Plague in India, 1896, 1897 - Volume 2
Year: 1896
Disease focus: Plague
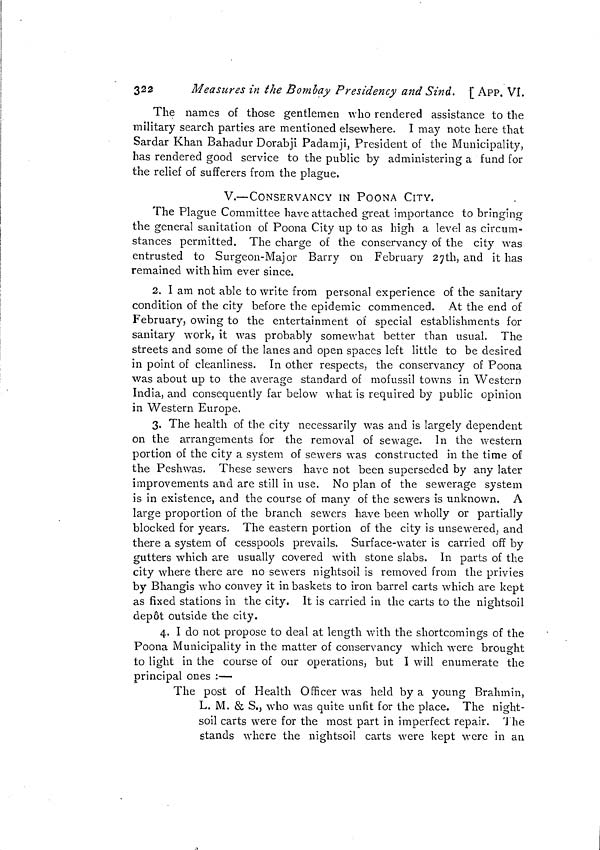
322
Measures in the Bombay Presidency and Sind, [ APP. VI.
The names of those gentlemen who rendered assistance to the
military search parties are mentioned elsewhere. I may note here that
Sardar Khan Bahadur Dorabji Padamji, President of the Municipality,
has rendered good service to the public by administering a fund for
the relief of sufferers from the plague.
V.—CONSERVANCY IN POONA CITY.
The Plague Committee have attached great importance to bringing
the general sanitation of Poona City up to as high a level as circum-
stances permitted. The charge of the conservancy of the city was
entrusted to Surgeon-Major Barry on February 27th, and it has
remained with him ever since.
2. I am not able to write from personal experience of the sanitary
condition of the city before the epidemic commenced. At the end of
February, owing to the entertainment of special establishments for
sanitary work, it was probably somewhat better than usual. The
streets and some of the lanes and open spaces left little to be desired
in point of cleanliness. In other respects, the conservancy of Poona
was about up to the average standard of mofussil towns in Western
India, and consequently far below what is required by public opinion
in Western Europe.
3. The health of the city necessarily was and is largely dependent
on the arrangements for the removal of sewage. In the western
portion of the city a system of sewers was constructed in the time of
the Peshwas. These sewers have not been superseded by any later
improvements and are still in use. No plan of the sewerage system
is in existence, and the course of many of the sewers is unknown. A
large proportion of the branch sewers have been wholly or partially
blocked for years. The eastern portion of the city is unsewered, and
there a system of cesspools prevails. Surface-water is carried off by
gutters which are usually covered with stone slabs. In parts of the
city where there are no sewers nightsoil is removed from the privies
by Bhangis who convey it in baskets to iron barrel carts which are kept
as fixed stations in the city. It is carried in the carts to the nightsoil
depot outside the city.
4. I do not propose to deal at length with the shortcomings of the
Poona Municipality in the matter of conservancy which were brought
to light in the course of our operations, but I will enumerate the
principal ones :—
The post of Health Officer was held by a young Brahmin,
L. M. & S., who was quite unfit for the place. The night-
soil carts were for the most part in imperfect repair. 'J he
stands where the nightsoil carts were kept were in an